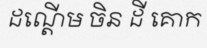
ដណ្តើម ចិន ដី គោក